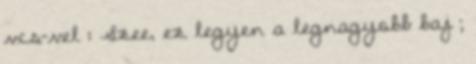
vcs-vel : Szee, ez legyen a legnagyobb baj ;